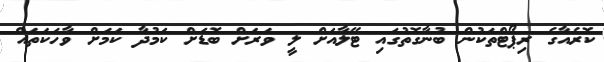
ކޮރެއާގެ ރިޕޯޓްތަކުން ބުނާގޮތުގައި ޓޭލާއަށް ލީ ވަރަށް ބޮޑަށް ކަމުދާ ކަމަށް ވާހަކަތައް